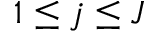
1 \leq j \leq J